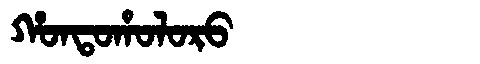
Manchu: ᡥᠣᠨᡨᠣᡥᠣᠯᠣᡵᠣ
Romanization: HONTOHOLORO